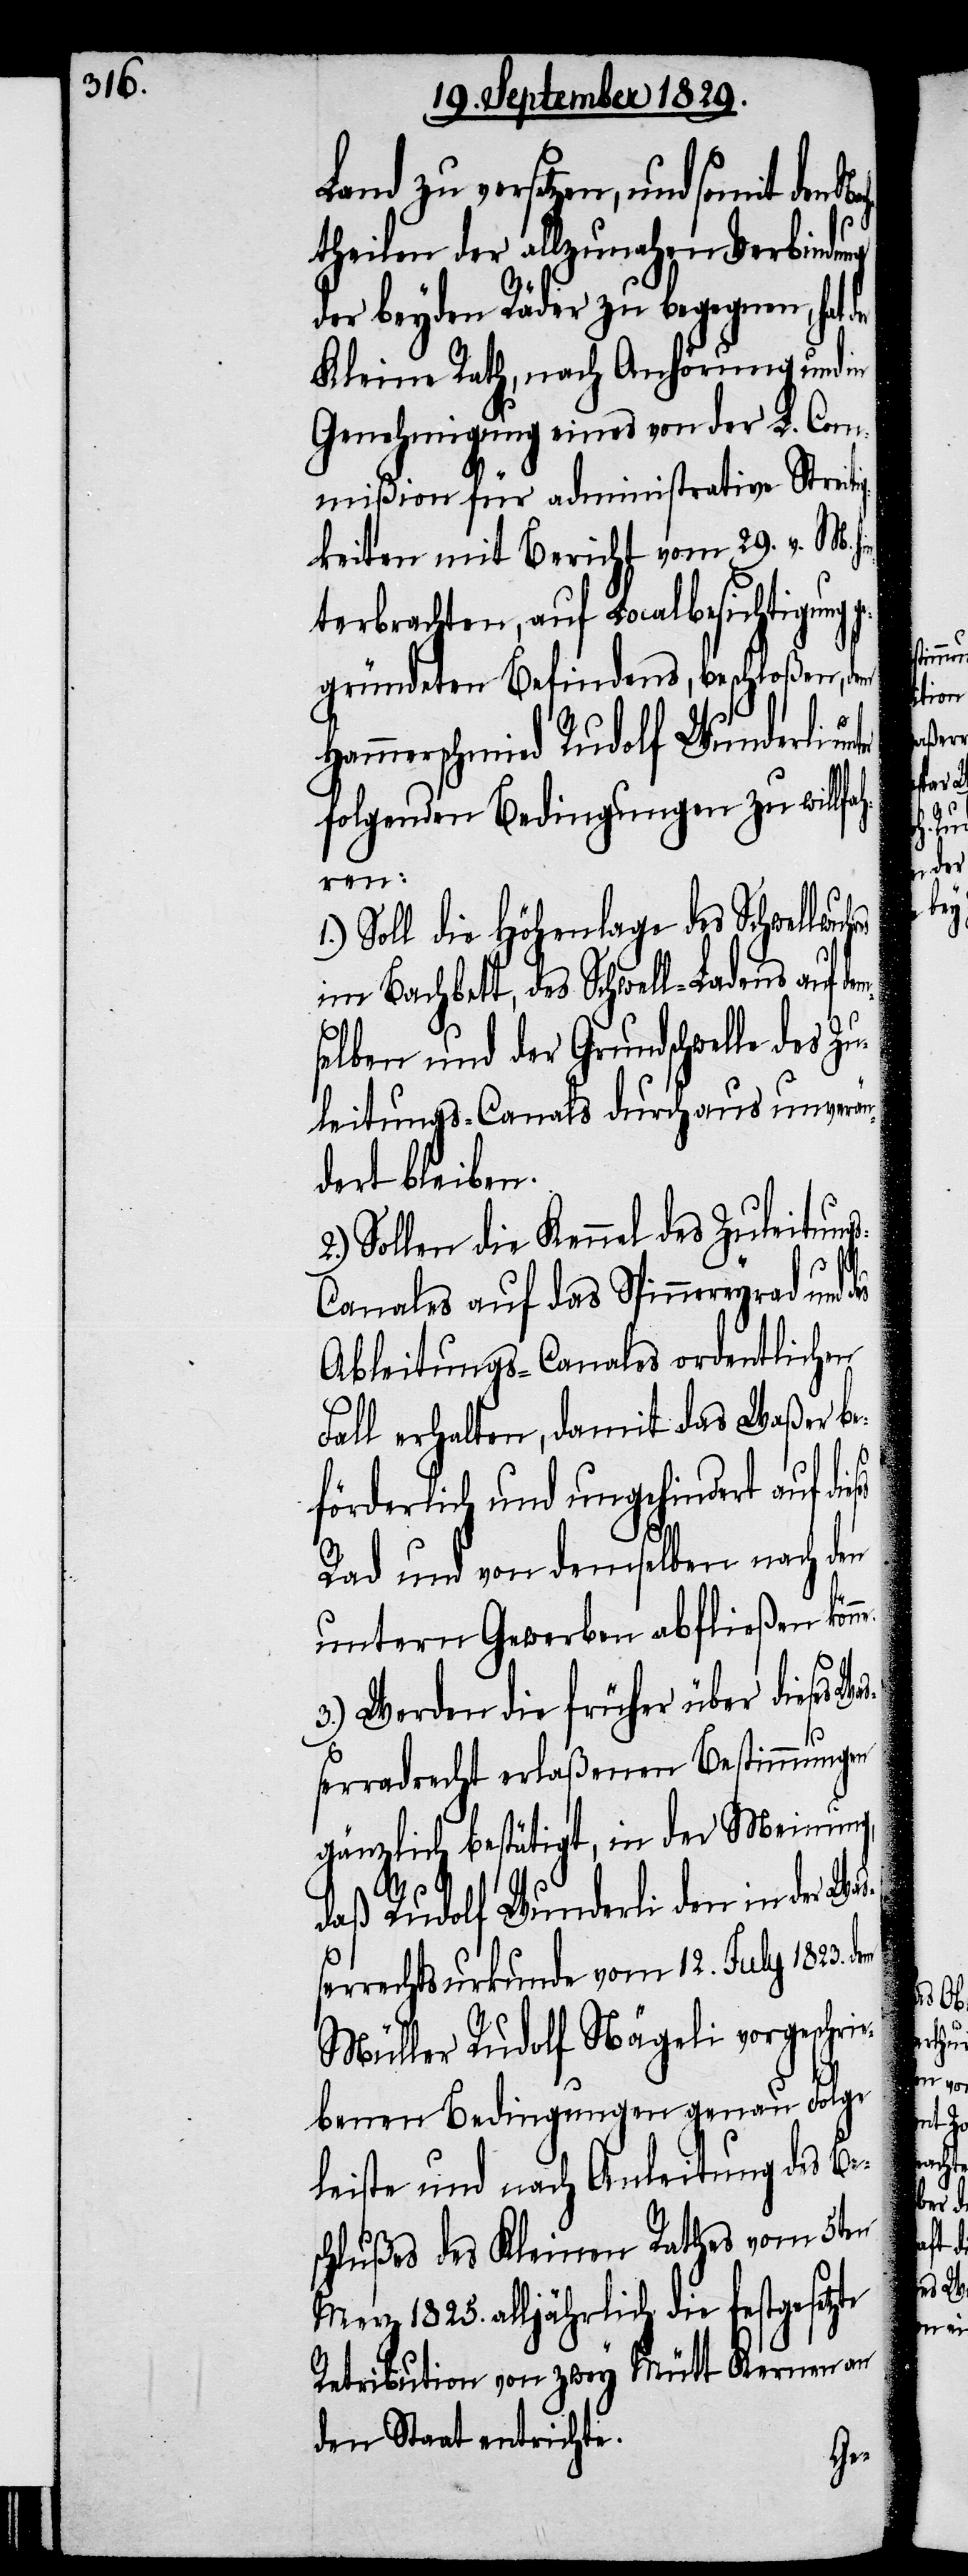
Land zu versetzen, und somit
theilen der allzunahen Verbindung
der beyden Räder zu begegnen, hat
Kleine Rath, nach Anhörung und in
Genehmigung eines von der L. Com¬
mißion für administrative Streiti¬
gkeiten mit Bericht vom 29. v. M.
terbrachten, auf Localbesichtigung g¬
egründeten Befindens, beschloßen, dem
Hammerschmied Rudolf Wunderli un¬
folgenden Bedingungen zu willfah¬
ren:
1.) Soll die Höhenlage des Schwellwu¬
im Bachbett, des Schwell-Ladens auf d¬
selben und der Grundschwelle des
leitungs-Canals durchaus unverän¬
dert bleiben.
Sollen die Kennel des Zuleitung¬
s-Canals auf das Spinnereyrad und
Ableitungs-Canales ordentlichen
Fall erhalten, damit das Waßer b¬
dem
eförderlich und ungehindert auf
Rad und von demselben nach den
untern Gewerben abfließen kön¬
3.) Werden die früher über dieses W¬
aßerradrecht erlaßenen Bestimmungen
gänzlich bestätigt, in der Meinung,
daß Rudolf Wunderli den in der Wa¬
ßerrechtsurkunde vom 12. July 1823.
Müller Rudolf Nägeli vorgeschri¬
ebenen Bedingungen genau Folge
leiste und nach Anleitung des Be¬
schlußes des Kleinen Rathes vom 5ten
Merz 1825. alljährlich die festgesetzte
Retribution von zwey Mütt Kernen an
den Staat entrichte.

2.)

ne.

dieses
Zu¬